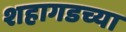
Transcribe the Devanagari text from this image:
शहागडच्या